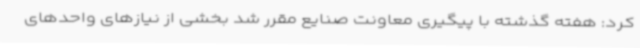
کرد: هفته گذشته با پیگیری معاونت صنایع مقرر شد بخشی از نیازهای واحدهای